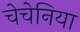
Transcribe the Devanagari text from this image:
चेचेनिया